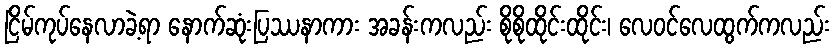
ငြိမ်ကုပ်နေလာခဲ့ရာ နောက်ဆုံးပြဿနာကား အခန်းကလည်း စိုစိုထိုင်းထိုင်း၊ လေဝင်လေထွက်ကလည်း